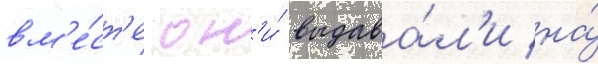
вм'е́ст'е он'и́ выдава́л'и на́